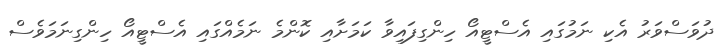
ދުވަސްވަރު އެކި ނަމުގައި އެސްޓީއޯ ހިންގިފައިވާ ކަމަށާއި ކޮންމެ ނަމެއްގައި އެސްޓީއޯ ހިންގިނަމަވެސް